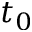
t _ { 0 }